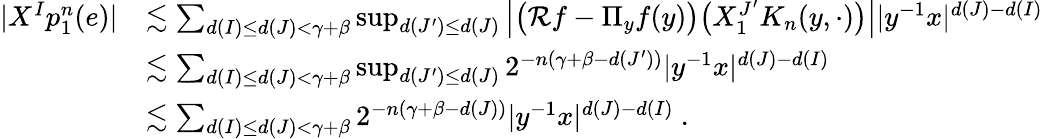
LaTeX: \begin{array}{rl}{|X^{I}p_{1}^{n}(e)|}&{\lesssim\sum_{d(I)\leq d(J)<\gamma+\beta}\operatorname*{sup}_{d(J^{\prime})\leq d(J)}\left|\big(\mathcal{R}f-\Pi_{y}f(y)\big)\big(X_{1}^{J^{\prime}}K_{n}(y,\cdot)\big)\right||y^{-1}x|^{d(J)-d(I)}}\\ &{\lesssim\sum_{d(I)\leq d(J)<\gamma+\beta}\operatorname*{sup}_{d(J^{\prime})\leq d(J)}2^{-n(\gamma+\beta-d(J^{\prime}))}|y^{-1}x|^{d(J)-d(I)}}\\ &{\lesssim\sum_{d(I)\leq d(J)<\gamma+\beta}2^{-n(\gamma+\beta-d(J))}|y^{-1}x|^{d(J)-d(I)}\ .}\end{array}